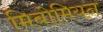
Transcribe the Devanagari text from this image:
मिबोमियन